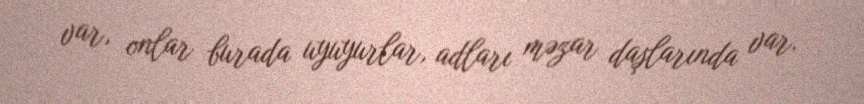
var, onlar burada uyuyurlar, adları məzar daşlarında var.